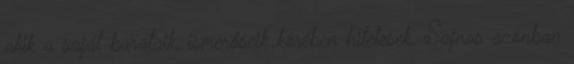
akik a saját barátaik, ismerőseik körében hitelesek. Sajnos azonban